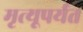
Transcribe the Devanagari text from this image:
मृत्यूपर्यत